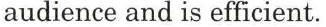
audience and is efficient.